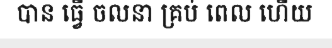
បាន ធ្វើ ចលនា គ្រប់ ពេល ហើយ